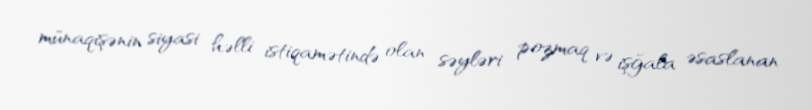
münaqişənin siyasi həlli istiqamətində olan səyləri pozmaq və işğala əsaslanan